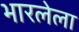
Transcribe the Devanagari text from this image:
भारलेला